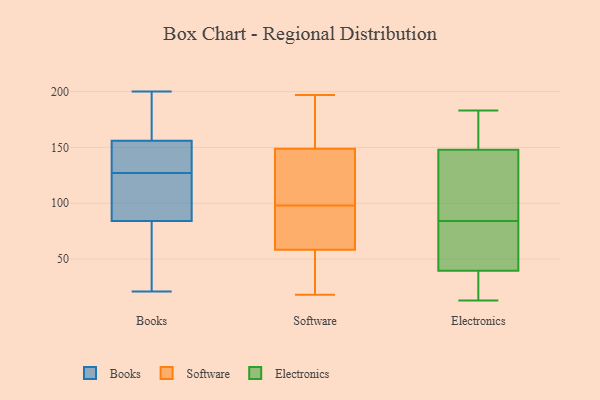
{"axis": {"x": "Website Visitors", "y": "Value"}, "legend": ["Books", "Electronics", "Software"], "data": [{"x": "", "y": 155, "type": "Books"}, {"x": "", "y": 100, "type": "Books"}, {"x": "", "y": 163, "type": "Books"}, {"x": "", "y": 21, "type": "Books"}, {"x": "", "y": 104, "type": "Books"}, {"x": "", "y": 127, "type": "Books"}, {"x": "", "y": 200, "type": "Books"}, {"x": "", "y": 175, "type": "Books"}, {"x": "", "y": 148, "type": "Books"}, {"x": "", "y": 49, "type": "Books"}, {"x": "", "y": 81, "type": "Books"}, {"x": "", "y": 85, "type": "Books"}, {"x": "", "y": 145, "type": "Books"}, {"x": "", "y": 137, "type": "Books"}, {"x": "", "y": 67, "type": "Books"}, {"x": "", "y": 159, "type": "Books"}, {"x": "", "y": 117, "type": "Books"}, {"x": "", "y": 197, "type": "Software"}, {"x": "", "y": 159, "type": "Software"}, {"x": "", "y": 39, "type": "Software"}, {"x": "", "y": 50, "type": "Software"}, {"x": "", "y": 61, "type": "Software"}, {"x": "", "y": 18, "type": "Software"}, {"x": "", "y": 151, "type": "Software"}, {"x": "", "y": 98, "type": "Software"}, {"x": "", "y": 123, "type": "Software"}, {"x": "", "y": 84, "type": "Software"}, {"x": "", "y": 107, "type": "Software"}, {"x": "", "y": 163, "type": "Software"}, {"x": "", "y": 38, "type": "Software"}, {"x": "", "y": 103, "type": "Software"}, {"x": "", "y": 70, "type": "Software"}, {"x": "", "y": 88, "type": "Software"}, {"x": "", "y": 148, "type": "Software"}, {"x": "", "y": 19, "type": "Electronics"}, {"x": "", "y": 142, "type": "Electronics"}, {"x": "", "y": 119, "type": "Electronics"}, {"x": "", "y": 159, "type": "Electronics"}, {"x": "", "y": 154, "type": "Electronics"}, {"x": "", "y": 132, "type": "Electronics"}, {"x": "", "y": 82, "type": "Electronics"}, {"x": "", "y": 54, "type": "Electronics"}, {"x": "", "y": 122, "type": "Electronics"}, {"x": "", "y": 166, "type": "Electronics"}, {"x": "", "y": 86, "type": "Electronics"}, {"x": "", "y": 183, "type": "Electronics"}, {"x": "", "y": 13, "type": "Electronics"}, {"x": "", "y": 61, "type": "Electronics"}, {"x": "", "y": 25, "type": "Electronics"}, {"x": "", "y": 13, "type": "Electronics"}, {"x": "", "y": 22, "type": "Electronics"}, {"x": "", "y": 81, "type": "Electronics"}, {"x": "", "y": 173, "type": "Electronics"}, {"x": "", "y": 65, "type": "Electronics"}]}